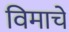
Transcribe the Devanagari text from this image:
विमाचे